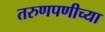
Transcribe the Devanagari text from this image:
तरुणपणीच्या